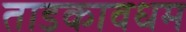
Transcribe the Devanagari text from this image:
ताडकावधम